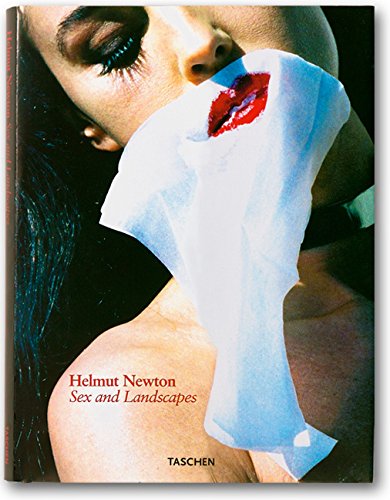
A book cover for Helmut Newton: Sex & Landscapes; Philippe Garner; Arts & Photography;